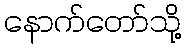
နောက်တော်သို့